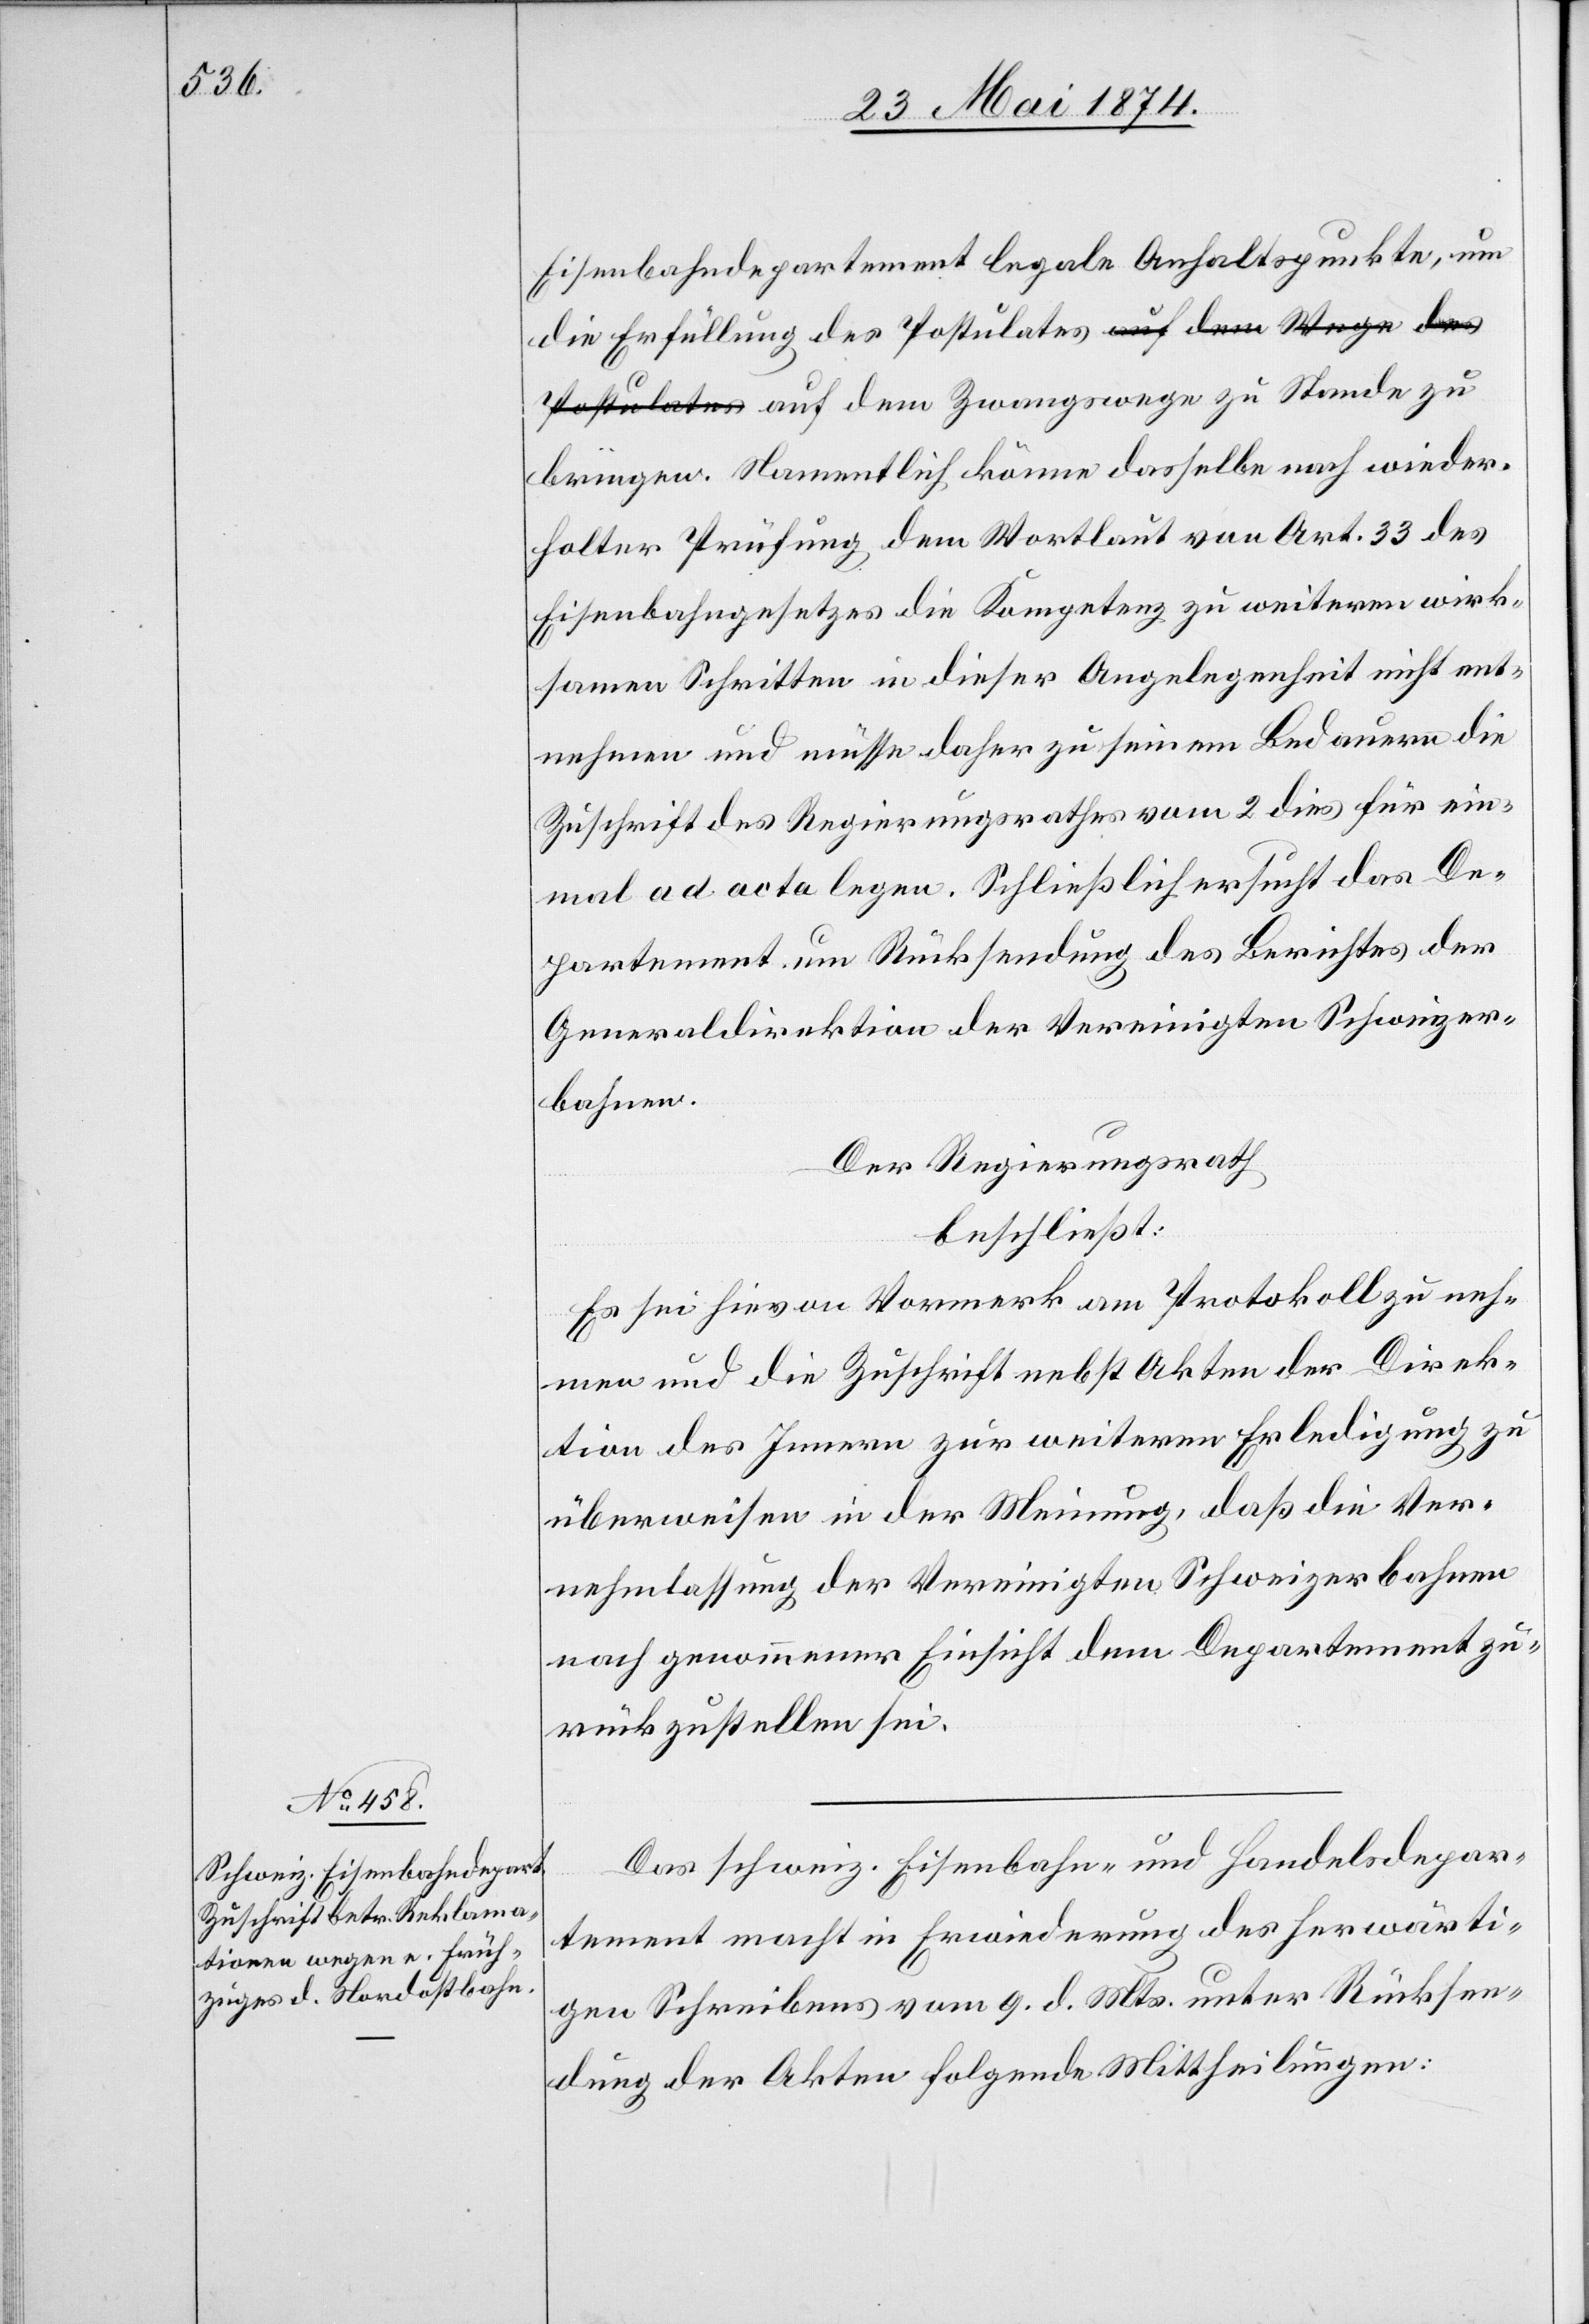
Eisenbahndepartement legale Anhaltspunkte, um
die Erfüllung des Postulates auf dem Zwangswege
bringen. Namentlich könne dasselbe nach wieder¬
holter Prüfung dem Wortlaut von Art. 33 des
Eisenbahngesetzes die Kompetenz zu weiteren wirk¬
samen Schritten in dieser Angelegenheit nicht ent¬
nehmen und müsse daher zu seinem Bedauern die
Zuschrift des Regierungsrathes vom 2. dies für ein¬
mal ad acta legen. Schließlich ersucht das De¬
partement um Rücksendung des Berichtes der
Generaldirektion der Vereinigten Schweizer¬
bahnen.
Der Regierungsrath
beschließt:
Es sei hievon Vormerk am Protokoll zu neh¬
men und die Zuschrift nebst Akten der Direk¬
tion des Innern zur weitern Erledigung zu
überweisen in der Meinung, daß die Ver¬
nehmlassung der Vereinigten Schweizerbahnen
nach gewonnener Einsicht dem Departement zu¬
rückzustellen sei.
Das schweiz. Eisenbahn- und Handelsdepar¬
tement macht in Erwiederung des herwärti¬
gen Schreibens vom 9. d. Mts. unter Rücksen¬
dung der Akten folgende Mittheilungen: